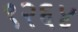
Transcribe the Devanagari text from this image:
९२६४